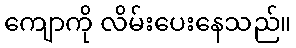
ကျောကို လိမ်းပေးနေသည်။